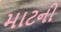
માટની